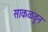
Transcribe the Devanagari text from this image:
साकळवून